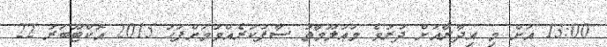
13:00 އަށް މި އިދާރާއަށް ދުރުވެ މަޢުލޫމާތު ސާފުކުރެއްވުމަށްފަހު 2015 އޮކްޓޫބަރު 22